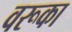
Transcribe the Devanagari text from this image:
वरूका